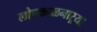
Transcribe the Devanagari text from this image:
लोबकाळनाऱ्या